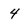
Character: 4